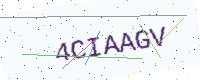
Text: 4CIAAGV